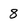
Character: 8